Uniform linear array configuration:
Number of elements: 16
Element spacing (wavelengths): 0.25
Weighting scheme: binomial
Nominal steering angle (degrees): -45
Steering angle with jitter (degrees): -44.088
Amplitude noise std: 0.05
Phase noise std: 0.05

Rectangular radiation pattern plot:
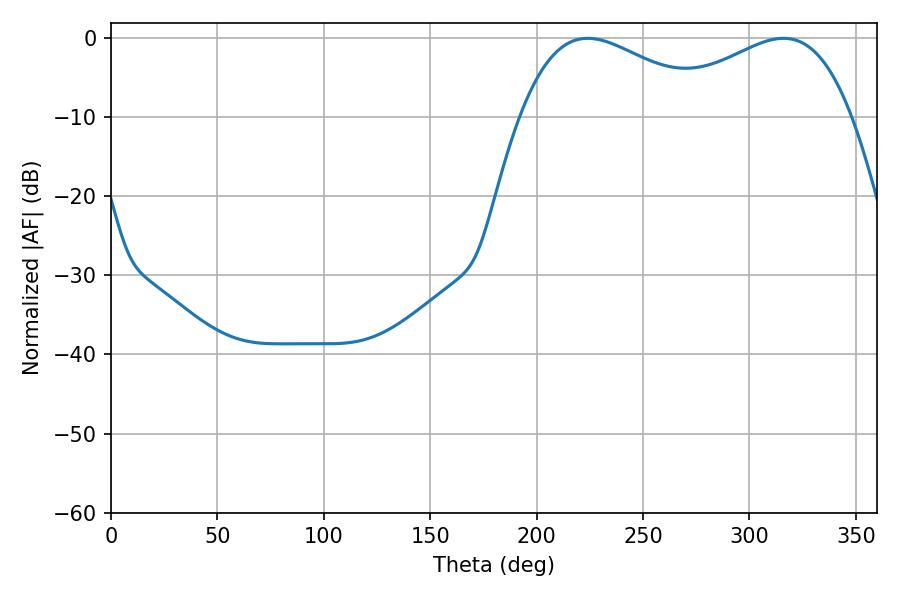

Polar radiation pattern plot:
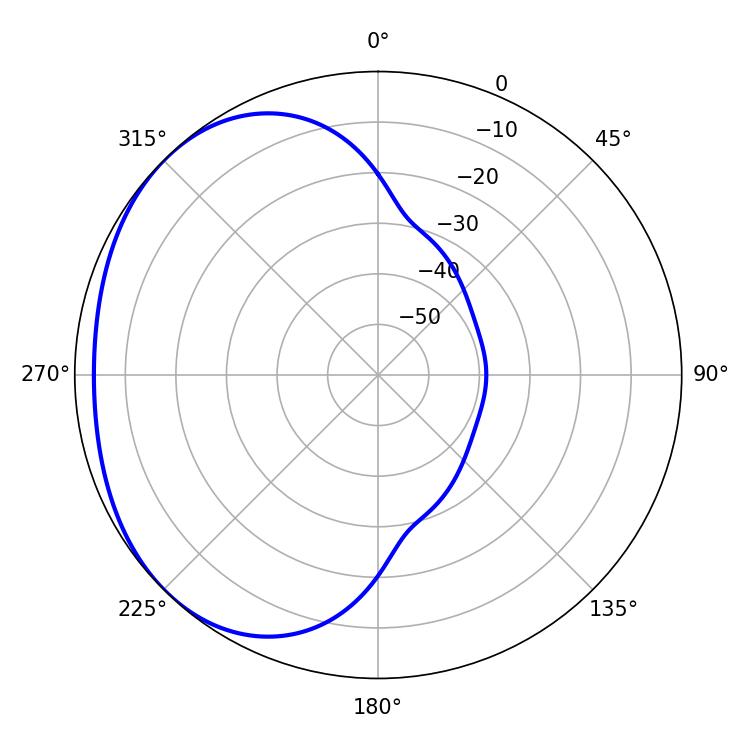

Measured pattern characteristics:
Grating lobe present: FALSE
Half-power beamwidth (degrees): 50.04
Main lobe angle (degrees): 223.92